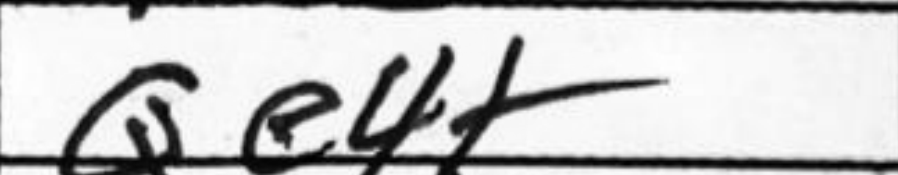
Transcription: Qe4+